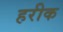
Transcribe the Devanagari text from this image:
हरीक